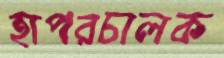
হাপরচালক